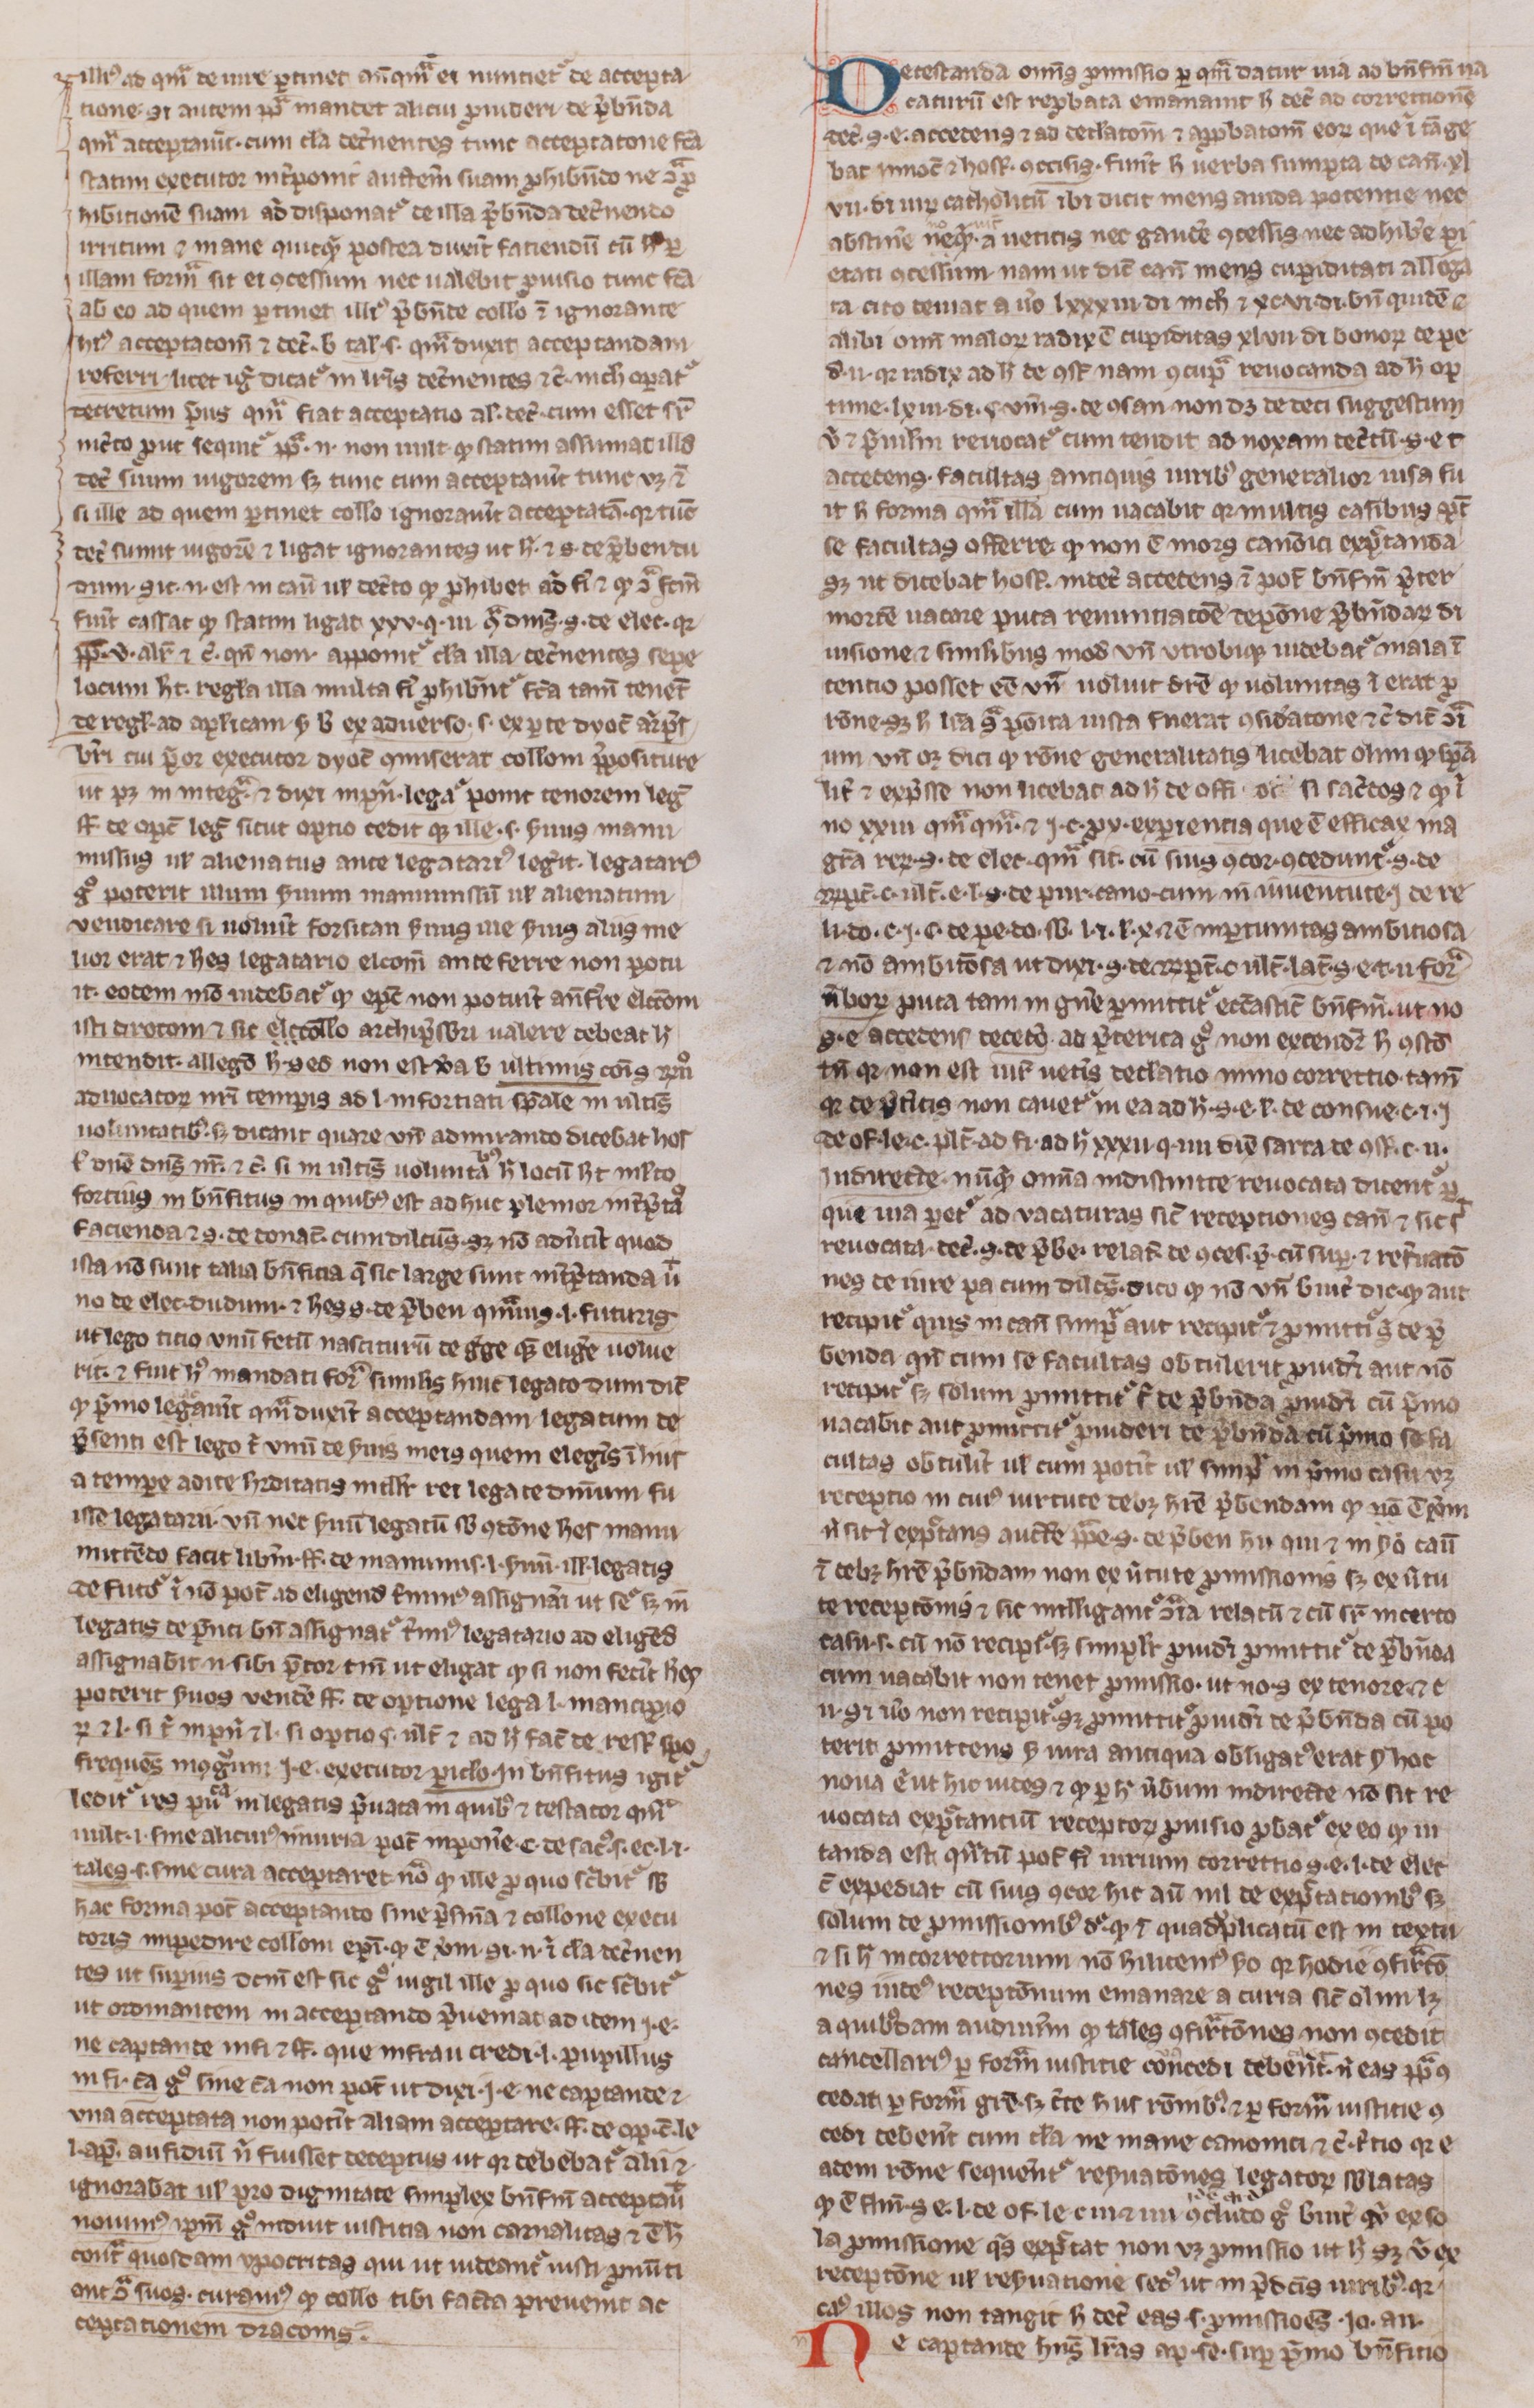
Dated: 1300–1399